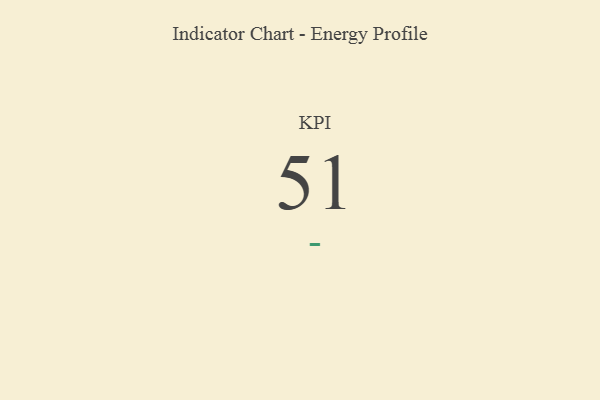
{"axis": {"x": "KPI", "y": "Value"}, "legend": [""], "data": [{"x": "KPI", "y": 51, "type": ""}]}